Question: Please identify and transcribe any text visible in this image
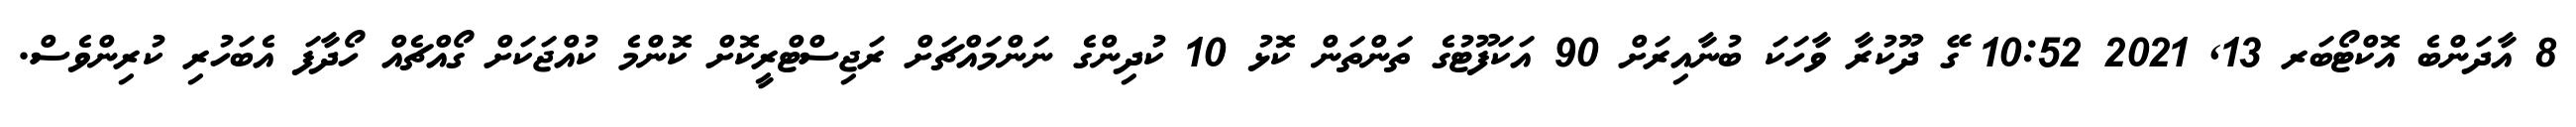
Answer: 8 އާދަންބެ އޮކްޓޯބަރ 13, 2021 10:52 ގޭ ދޫކުރާ ވާހަކަ ބުނާއިރަށް 90 އަކަފޫޓުގެ ތަންތަން ކޮޅު 10 ކުދިންގެ ނަންމައްޗަށް ރަޖިސްޓްރީކޮށް ކޮންމެ ކުއްޖަކަށް ގޯއްޗެއް ހޯދާފަ އެބަހުރި ކުރިންވެސް.